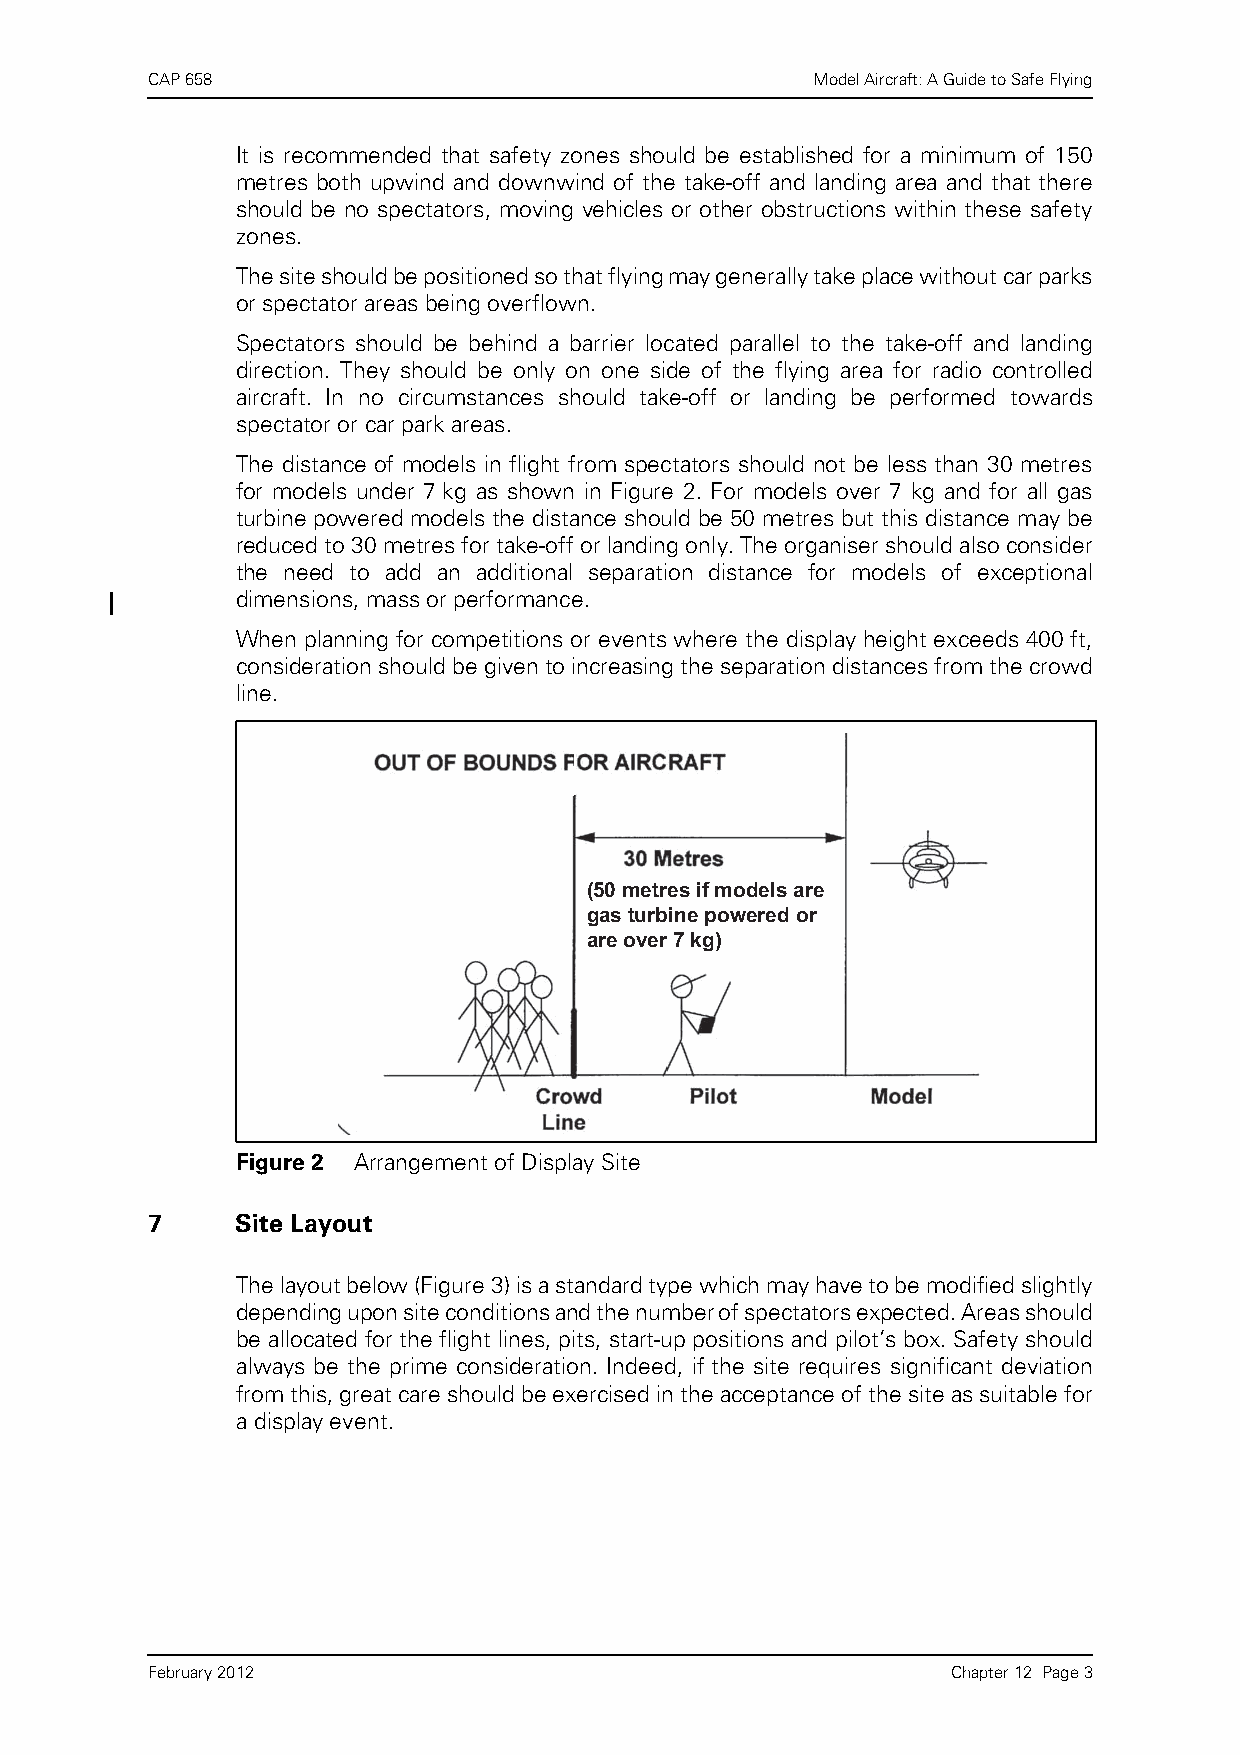
CAP 658                                     Model Aircraft: A Guide to Safe Flying
 It is recommended that safety zones should be established for a minimum of 150
 metres both upwind and downwind of the take-off and landing area and that there
 should be no spectators, moving vehicles or other obstructions within these safety
 zones.
 The site should be positioned so that flying may generally take place without car parks
 or spectator areas being overflown.
 Spectators should be behind a barrier located parallel to the take-off and landing
 direction. They should be only on one side of the flying area for radio controlled
 aircraft. In no circumstances should take-off or landing be performed towards
 spectator or car park areas.
 The distance of models in flight from spectators should not be less than 30 metres
 for models under 7 kg as shown in Figure 2. For models over 7 kg and for all gas
 turbine powered models the distance should be 50 metres but this distance may be
 reduced to 30 metres for take-off or landing only. The organiser should also consider
 the need to add an additional separation distance for models of exceptional
 dimensions, mass or performance.
 When planning for competitions or events where the display height exceeds 400 ft,
 consideration should be given to increasing the separation distances from the crowd
 line.
 (50 metres if models are
 gas turbine powered or
 are over 7 kg)
 Figure 2 Arrangement of Display Site
 7     Site Layout
 The layout below (Figure 3) is a standard type which may have to be modified slightly
 depending upon site conditions and the number of spectators expected. Areas should
 be allocated for the flight lines, pits, start-up positions and pilot’s box. Safety should
 always be the prime consideration. Indeed, if the site requires significant deviation
 from this, great care should be exercised in the acceptance of the site as suitable for
 a display event.
 February 2012                                        Chapter 12 Page 3